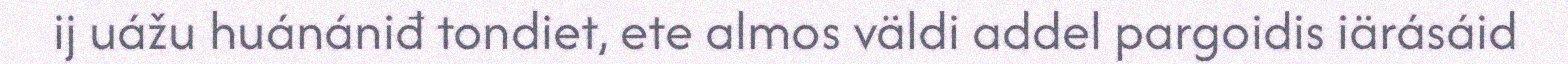
ij uážu huánániđ tondiet, ete almos väldi addel pargoidis iärásáid